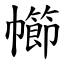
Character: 幯